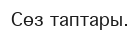
Сөз таптары.